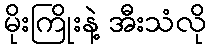
မိုးကြိုးနဲ့ အီးသံလို